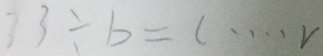
3 3 \div b = c \cdots v